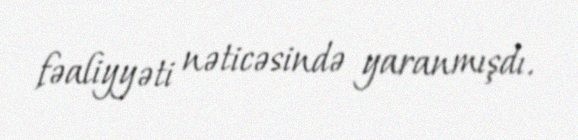
fəaliyyəti nəticəsində yaranmışdı.